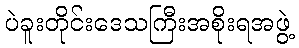
ပဲခူးတိုင်းဒေသကြီးအစိုးရအဖွဲ့